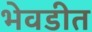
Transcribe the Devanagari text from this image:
भेवडीत